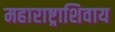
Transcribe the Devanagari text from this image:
महाराष्ट्राशिवाय